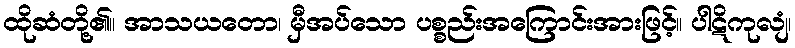
ထိုဆံတို့၏။ အာသယတော၊ မှီအပ်သော ပစ္စည်းအကြောင်းအားဖြင့်။ ပါဋိကုလျံ၊